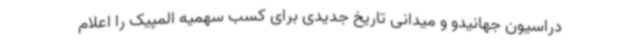
دراسیون جهانیدو و میدانی تاریخ جدیدی برای کسب سهمیه المپیک را اعلام‌